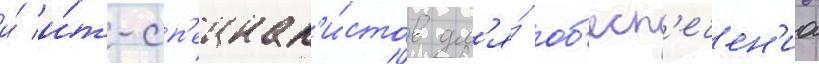
и́ и́т-сп'ециал'и́стов дл'я́ об'есп'ечен'иа